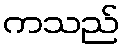
ကသည်